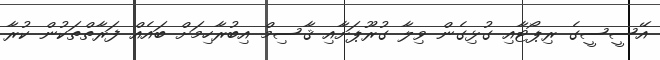
އޭސީސީގެ ރިޕޯޓާއި ގުޅިގެން ވިލާ ގުރޫޕަށާއި ޤާސިމް އިބުރާހިމަށް ބައެއް ފަރާތްތަކުން ކުރާ